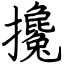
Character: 攙